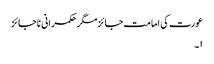
عورت کی امامت جائزمگر حکمرانی ناجائز
۱۔